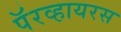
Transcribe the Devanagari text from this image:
पॅरव्हायरस